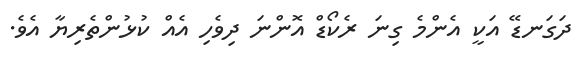
ދަގަނޑޭ އަކީ އެންމެ ގިނަ ރެކޯޑް އޮންނަ ދިވެހި އެއް ކުޅުންތެރިޔާ އެވެ.